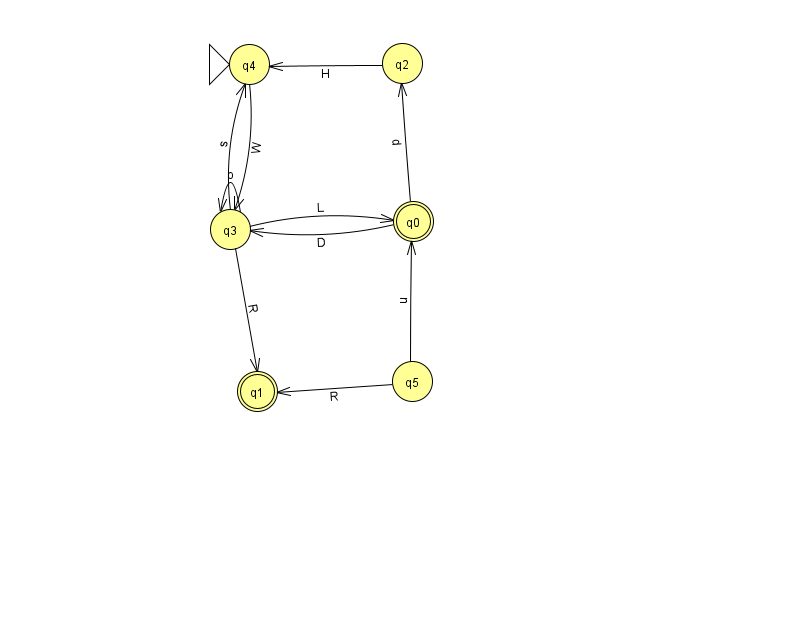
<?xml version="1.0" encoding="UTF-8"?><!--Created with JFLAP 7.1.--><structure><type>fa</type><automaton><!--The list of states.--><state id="0" name="q0"><x>413.0</x><y>208.0</y><final/></state><state id="1" name="q1"><x>257.0</x><y>378.0</y><final/></state><state id="2" name="q2"><x>402.0</x><y>50.0</y></state><state id="3" name="q3"><x>230.0</x><y>216.0</y></state><state id="4" name="q4"><x>249.0</x><y>51.0</y><initial/></state><state id="5" name="q5"><x>412.0</x><y>368.0</y></state><!--The list of transitions.--><transition><from>0</from><to>3</to><read>D</read></transition><transition><from>5</from><to>0</to><read>u</read></transition><transition><from>2</from><to>4</to><read>H</read></transition><transition><from>0</from><to>2</to><read>d</read></transition><transition><from>3</from><to>0</to><read>L</read></transition><transition><from>3</from><to>1</to><read>R</read></transition><transition><from>3</from><to>4</to><read>s</read></transition><transition><from>5</from><to>1</to><read>R</read></transition><transition><from>4</from><to>3</to><read>W</read></transition><transition><from>3</from><to>3</to><read>o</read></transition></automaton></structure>